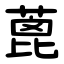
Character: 蓖